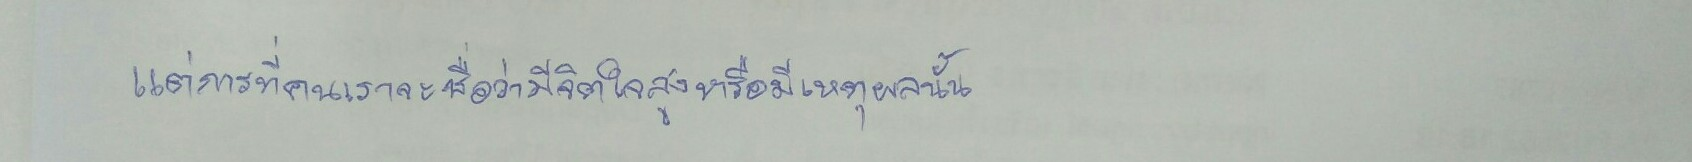
แต่การที่คนเราจะชื่อว่ามีจิตใจสูงหรือมีเหตุผลนั้น